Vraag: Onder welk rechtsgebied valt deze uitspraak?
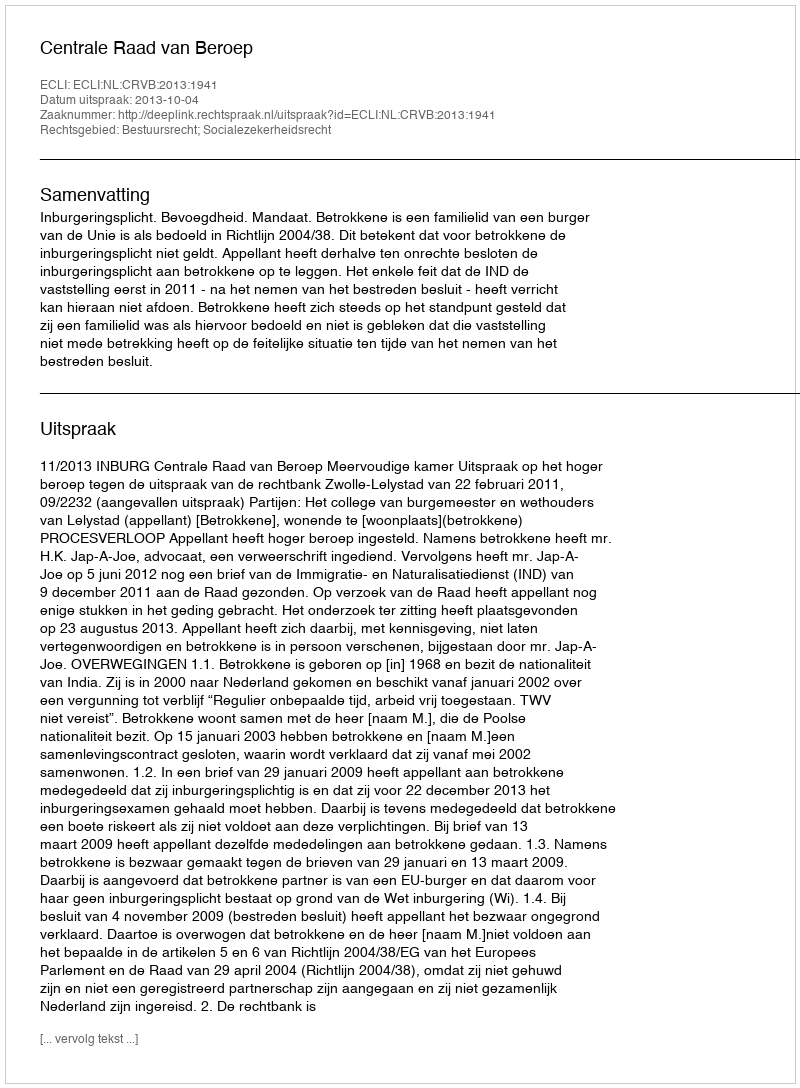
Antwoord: Bestuursrecht; Socialezekerheidsrecht